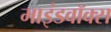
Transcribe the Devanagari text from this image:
माइंडवॉक्स